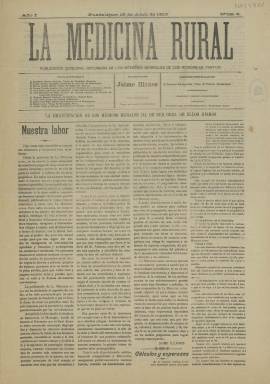
Título: La Medicina rural (Guadalajara)
Colección: Periódicos
Ámbito geográfico: Guadalajara
Lugar de publicación: Guadalajara
Fechas: 15/04/1910-15/04/1910